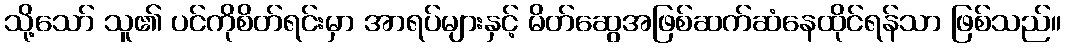
သို့သော် သူ၏ ပင်ကိုစိတ်ရင်းမှာ အာရပ်များနှင့် မိတ်ဆွေအဖြစ်ဆက်ဆံနေထိုင်ရန်သာ ဖြစ်သည်။